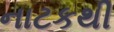
નાટકથી